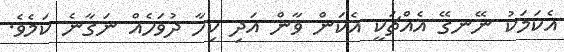
އެކަމަކު ނޭނގޭ އެއްޗަކީ އެކަން ވާން އަދި ކިހާ ދުވަހެއް ނަގާނެ ކަމެވެ.